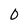
Character: 0